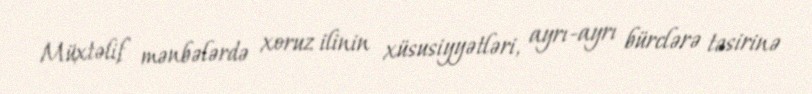
Müxtəlif mənbələrdə xoruz ilinin xüsusiyyətləri, ayrı-ayrı bürclərə təsirinə